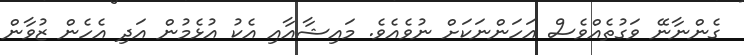
ގެންނާނޭ ވަގުތެއްވެސް އަހަންނަކަށް ނުވެއެވެ. މައިޝާއާއި އެކު އުޅެމުން އަދި އެހެން ޒުވާން